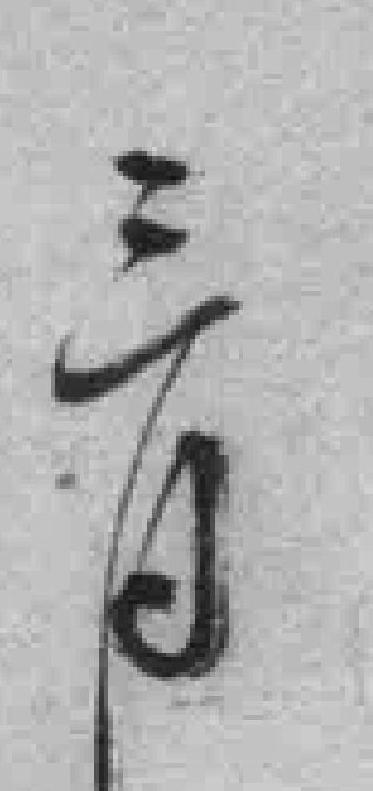
三月